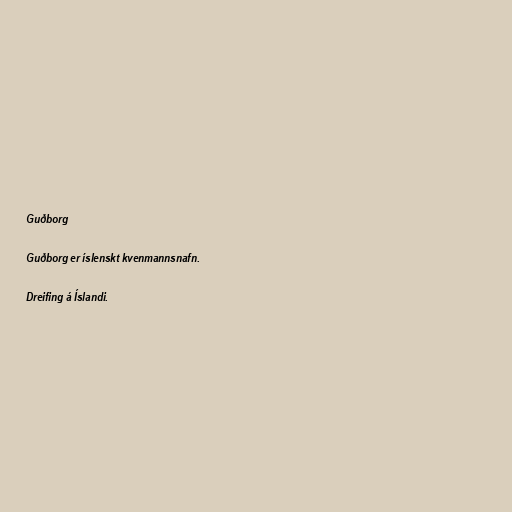
Guðborg

Guðborg er íslenskt kvenmannsnafn.

Dreifing á Íslandi.